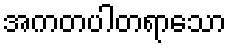
အကတပါတရာသော